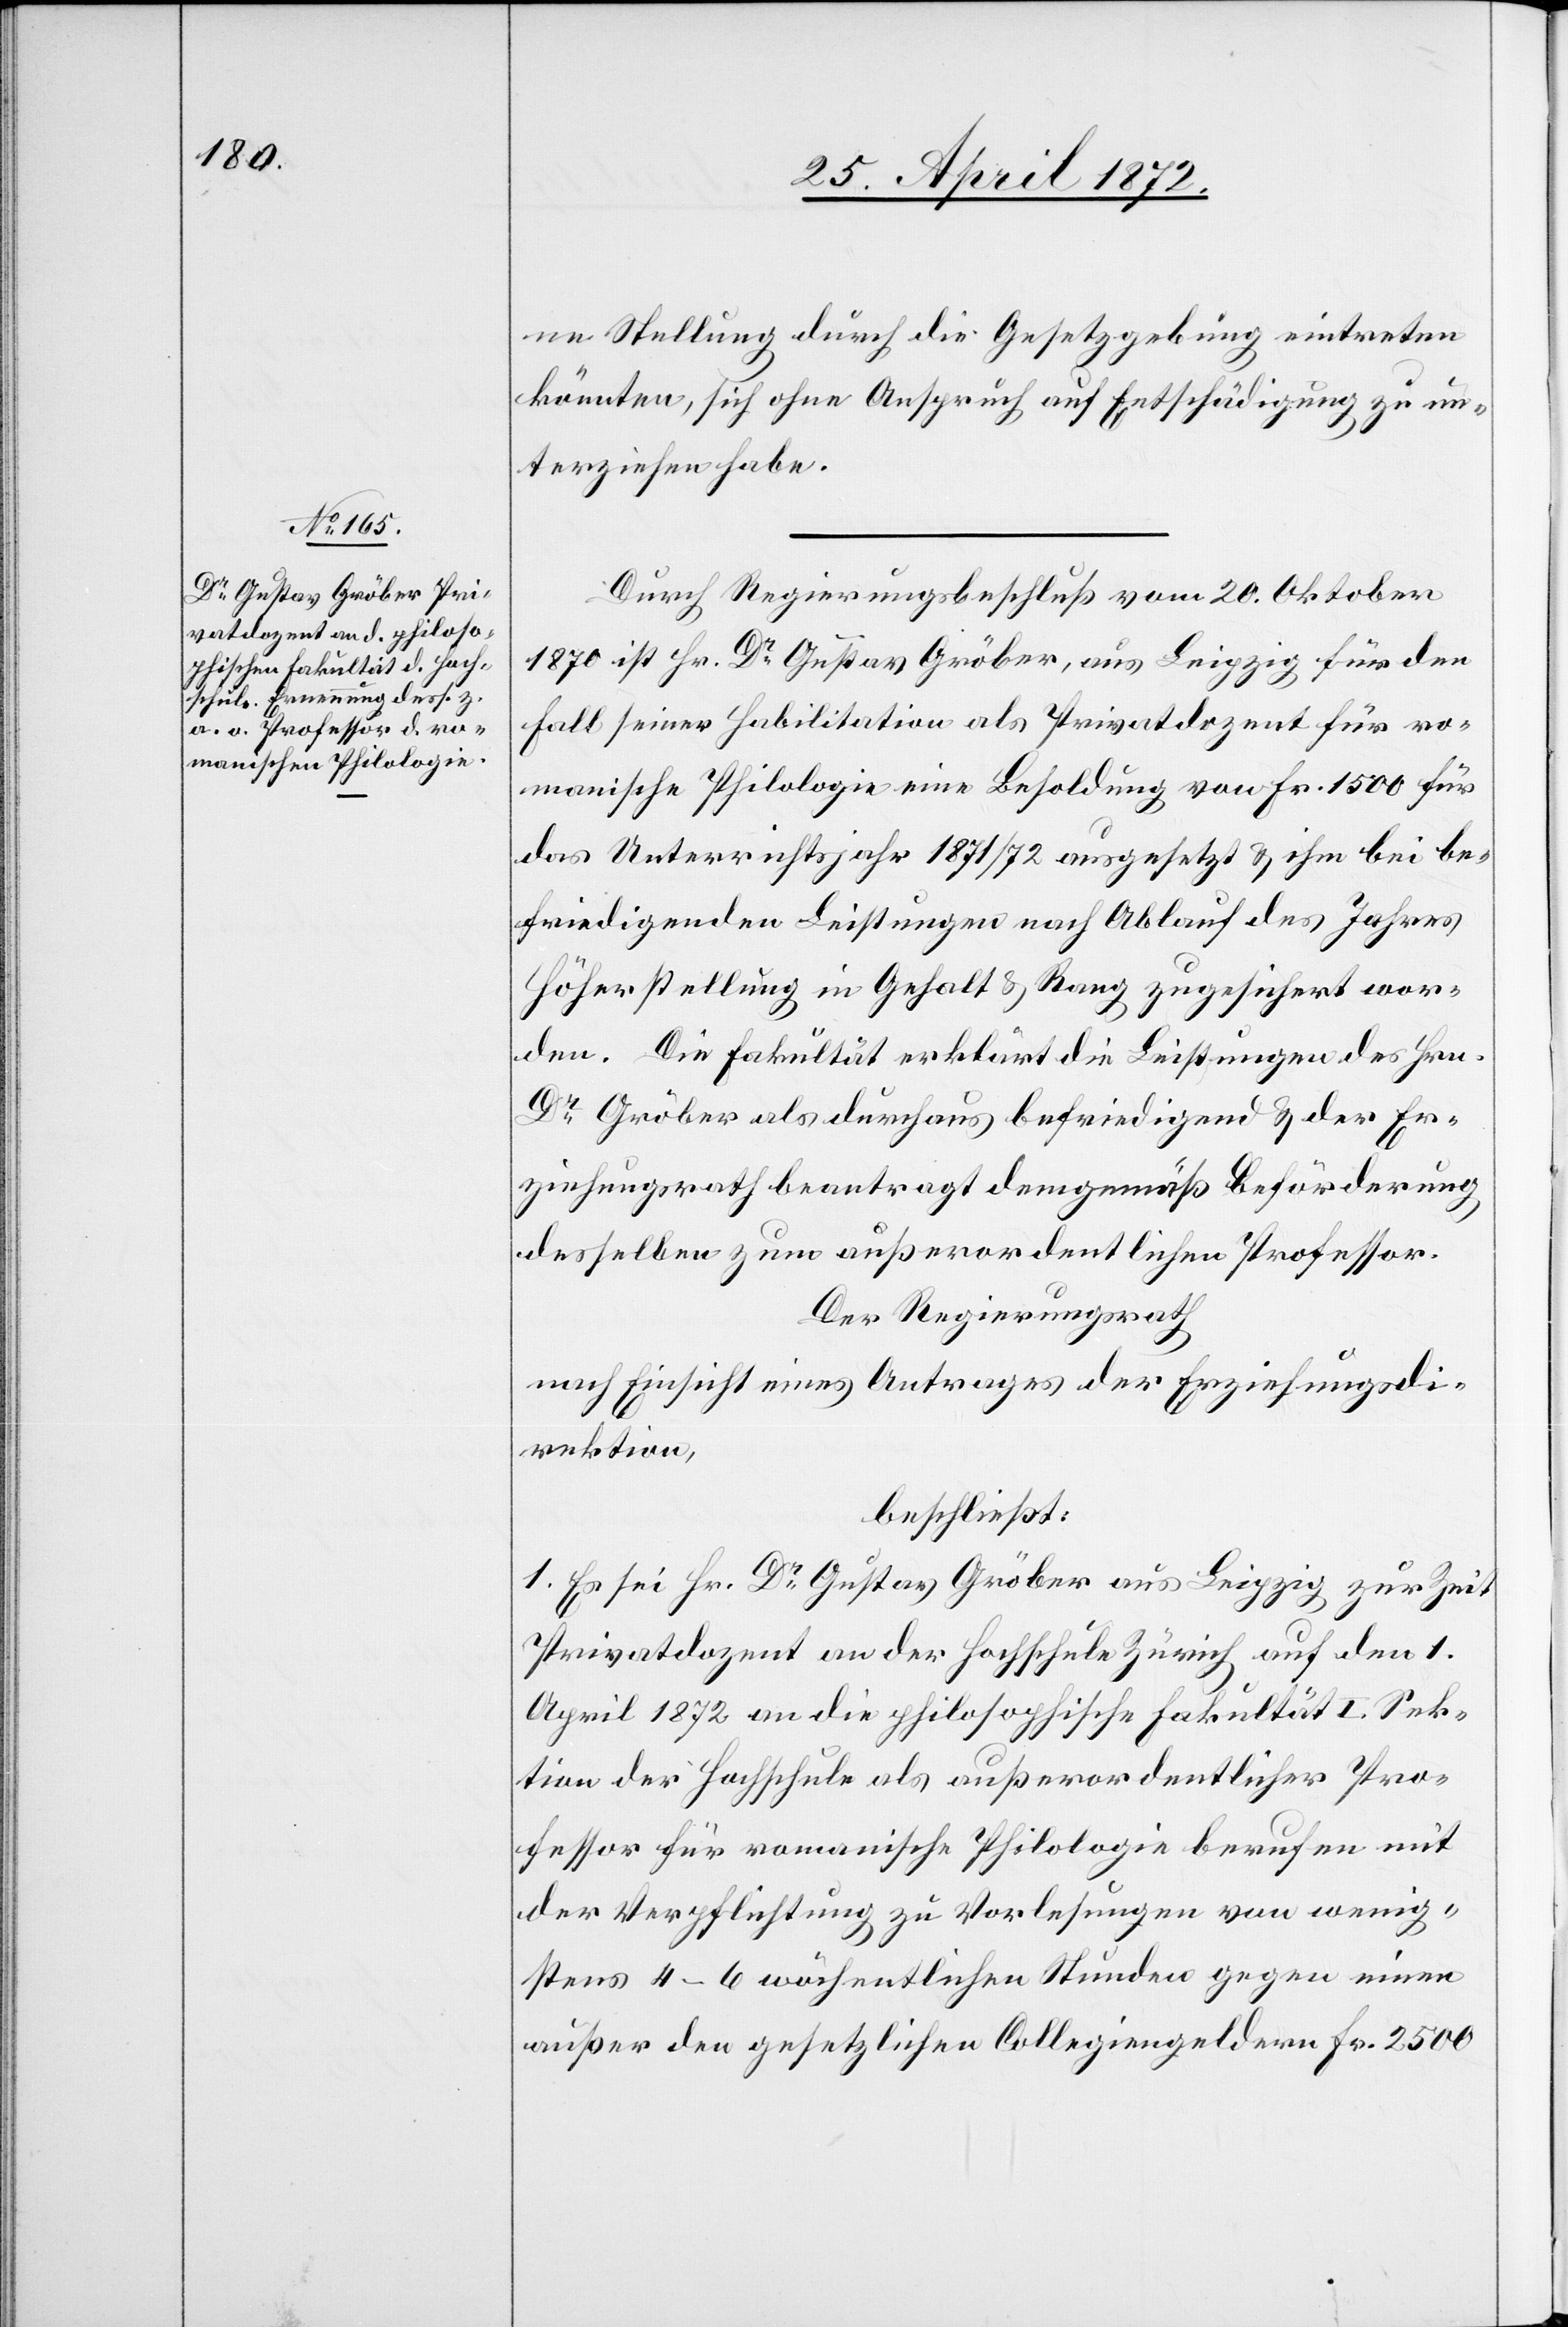
ne Stellung durch die Gesetzgebung eintreten
könnten, sich ohne Anspruch auf Entschädigung zu un¬
terziehen habe.
Durch Regierungsbeschluß vom 20. Oktober
1870 ist Hr. Dr Gustav Gröber, aus Leipzig für den
Fall seiner Habilitation als Privatdozent für ro¬
manische Philologie eine Besoldung von Fr. 1500 für
das Unterrichtsjahr 1871/72 ausgesetzt u. ihm bei be¬
friedigenden Leistungen nach Ablauf des Jahres
Höherstellung in Gehalt u. Rang zugesichert wor¬
den. Die Fakultät erklärt die Leistungen des Hrn.
Dr Gröber als durchaus befriedigend u. der Er¬
ziehungsrath beantragt demgemäß Beförderung
desselben zum außerordentlichen Professor.
Der Regierungsrath[,]
nach Einsicht eines Antrages der Erziehungsdi¬
rektion,
beschließt:
1. Es sei Hr. Dr Gustav Gröber aus Leipzig[,] zur Zeit
Privatdozent an der Hochschule Zürich[,] auf den 1.
April 1872 an die philosophische Fakultät I. Sek¬
tion der Hochschule als außerordentlicher Pro¬
fessor für romanische Philologie berufen mit
der Verpflichtung zu Vorlesungen von wenig¬
stens 4–6 wöchentlichen Stunden gegen einen
außer den gesetzlichen Collegiengeldern Fr. 2500